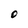
Character: O